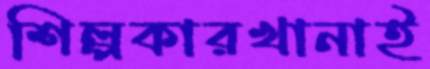
শিল্পকারখানাই